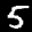
Label: 5